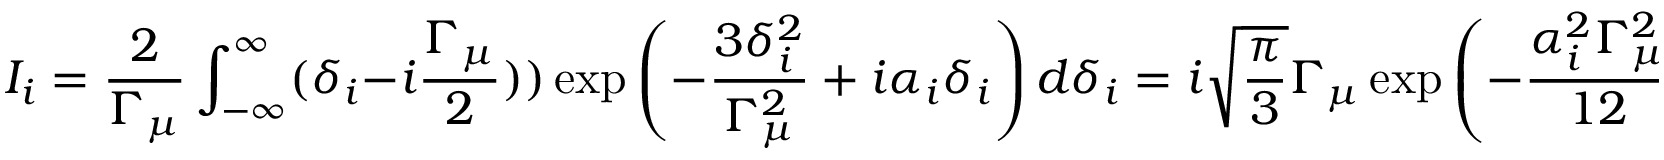
I _ { i } = \frac { 2 } { \Gamma _ { \mu } } \int _ { - \infty } ^ { \infty } ( \delta _ { i } - i \frac { \Gamma _ { \mu } } { 2 } ) ) \exp \left( - \frac { 3 \delta _ { i } ^ { 2 } } { \Gamma _ { \mu } ^ { 2 } } + i \alpha _ { i } \delta _ { i } \right) d \delta _ { i } = i \sqrt { \frac { \pi } { 3 } } \Gamma _ { \mu } \exp \left( - \frac { \alpha _ { i } ^ { 2 } \Gamma _ { \mu } ^ { 2 } } { 1 2 } \right) \left[ \frac { \alpha _ { i } \Gamma _ { \mu } } { 3 } - 1 \right]